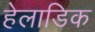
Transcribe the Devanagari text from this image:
हेलाडिक